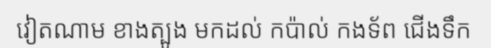
វៀតណាម ខាងត្បូង មកដល់ កប៉ាល់ កងទ័ព ជើងទឹក